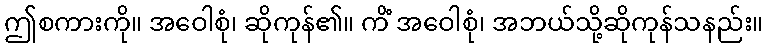
ဤစကားကို။ အဝေါစုံ၊ ဆိုကုန်၏။ ကိံ အဝေါစုံ၊ အဘယ်သို့ဆိုကုန်သနည်း။